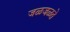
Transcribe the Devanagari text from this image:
जळजळते